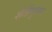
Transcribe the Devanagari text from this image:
शेतीनुसार